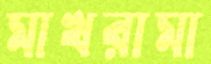
মাখরামা